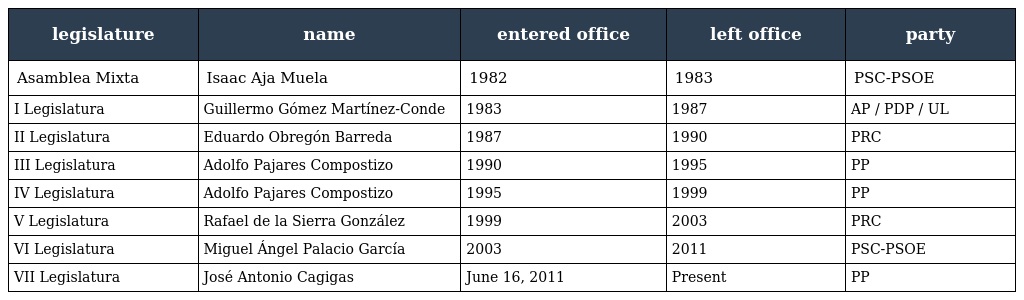
| legislature | name | entered office | left office | party |
 | --- | --- | --- | --- | --- |
 | Asamblea Mixta | Isaac Aja Muela | 1982 | 1983 | PSC-PSOE |
 | I Legislatura | Guillermo Gómez Martínez-Conde | 1983 | 1987 | AP / PDP / UL |
 | II Legislatura | Eduardo Obregón Barreda | 1987 | 1990 | PRC |
 | III Legislatura | Adolfo Pajares Compostizo | 1990 | 1995 | PP |
 | IV Legislatura | Adolfo Pajares Compostizo | 1995 | 1999 | PP |
 | V Legislatura | Rafael de la Sierra González | 1999 | 2003 | PRC |
 | VI Legislatura | Miguel Ángel Palacio García | 2003 | 2011 | PSC-PSOE |
 | VII Legislatura | José Antonio Cagigas | June 16, 2011 | Present | PP |